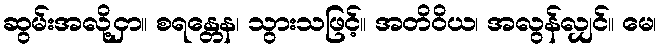
ဆွမ်းအလို့ငှာ။ စရန္တေန၊ သွားသဖြင့်။ အတိဝိယ၊ အလွန်လျှင်။ မေ၊